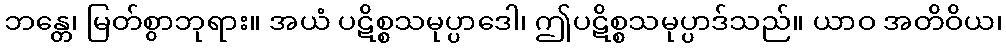
ဘန္တေ၊ မြတ်စွာဘုရား။ အယံ ပဋိစ္စသမုပ္ပာဒေါ၊ ဤပဋိစ္စသမုပ္ပာဒ်သည်။ ယာဝ အတိဝိယ၊